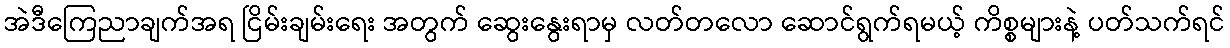
အဲဒီကြေညာချက်အရ ငြိမ်းချမ်းရေး အတွက် ဆွေးနွေးရာမှ လတ်တလော ဆောင်ရွက်ရမယ့် ကိစ္စများနဲ့ ပတ်သက်ရင်